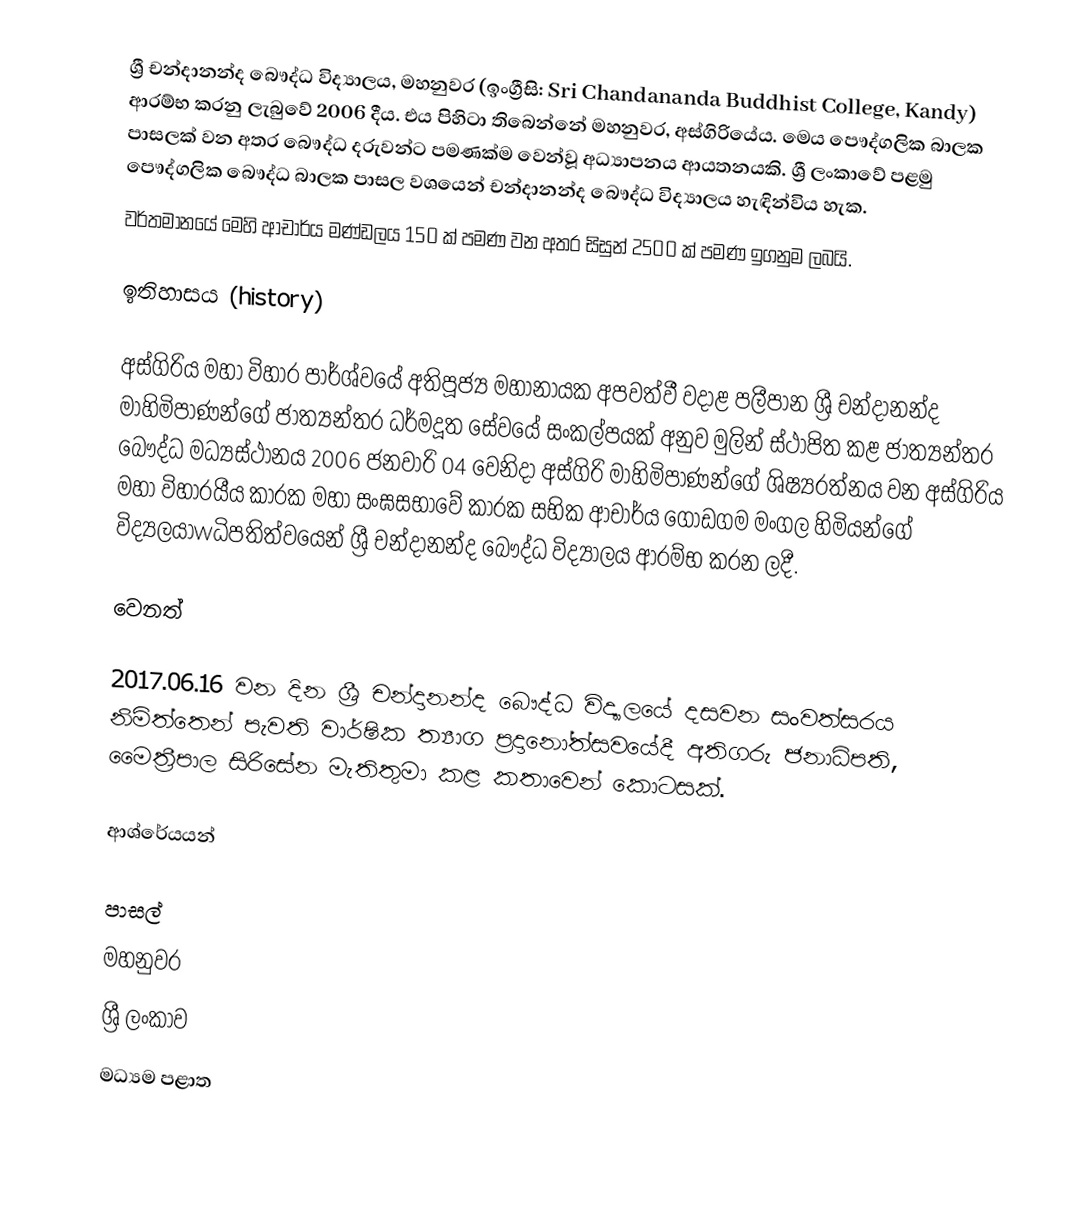
ශ්‍රී චන්දානන්ද බෞද්ධ විද්‍යාලය, මහනුවර (ඉංග්‍රීසි: Sri Chandananda Buddhist College, Kandy) ආරම්භ කරනු ලැබුවේ 2006 දීය. එය පිහිටා තිබෙන්නේ මහනුවර, අස්ගිරියේය. මෙය පෞද්ගලික බාලක පාසලක් වන අතර බෞද්ධ දරුවන්ට පමණක්ම වෙන්වූ අධ්‍යාපනය ආයතනයකි. ශ්‍රී ලංකාවේ පළමු පෞද්ගලික බෞද්ධ බාලක පාසල වශයෙන් චන්දානන්ද බෞද්ධ විද්‍යාලය හැඳින්විය හැක.
වර්තමානයේ මෙහි ආචාර්ය මණ්ඩලය 150 ක් පමණ වන අතර සිසුන් 2500 ක් පමණ ඉගනුම ලබයි.

ඉතිහාසය  (history)

අස්ගිරිය මහා විහාර පාර්ශ්වයේ අතිපූජ්‍ය මහානායක අපවත්වී වදාළ පලීපාන ශ්‍රී චන්දානන්ද මාහිමිපාණන්ගේ ජාත්‍යන්තර ධර්මදූත සේවයේ සංකල්පයක් අනුව මුලින් ස්ථාපිත කළ ජාත්‍යන්තර බෞද්ධ මධ්‍යස්ථානය 2006 ජනවාරි 04 වෙනිදා අස්ගිරි මාහිමිපාණන්ගේ ශිෂ්‍යරත්නය වන අස්ගිරිය මහා විහාරයීය කාරක මහා සංඝසභාවේ කාරක සභික ආචාර්ය ගොඩගම මංගල හිමියන්ගේ විද්‍යලයාwධිපතිත්වයෙන් ශ්‍රී චන්දානන්ද බෞද්ධ විද්‍යාලය ආරම්භ කරන ලදී.

වෙනත්

2017.06.16 වන දින ශ‍්‍රී චන්දානන්ද බෞද්ධ විද්‍යාලයේ දසවන සංවත්සරය නිමිත්තෙන් පැවති වාර්ෂික ත්‍යාග ප‍්‍රදානෝත්සවයේදී අතිගරු ජනාධිපති, මෛත‍්‍රීපාල සිරිසේන මැතිතුමා කළ කතාවෙන් කොටසක්.

ආශ්රේයයන්

 පාසල්
 මහනුවර
 ශ්‍රී ලංකාව
 මධ්‍යම පළාත